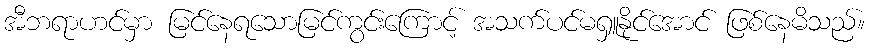
အီဘရာဟင်မှာ မြင်နေရသောမြင်ကွင်းကြောင့် အသက်ပင်မရှူနိုင်အောင် ဖြစ်နေမိသည်။